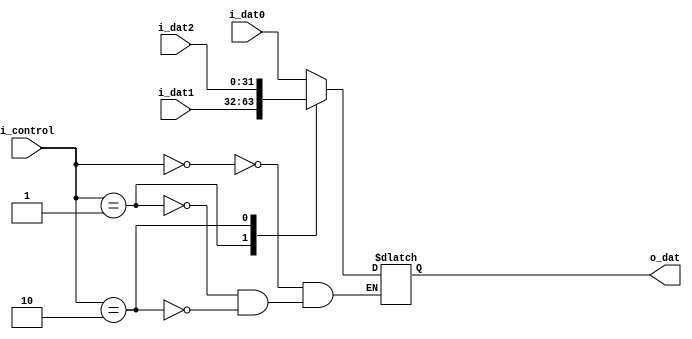
module mux3in1 #(parameter WIDTH = 32)
               (output reg [WIDTH-1:0] o_dat,
                input [1:0]       i_control,
                input [WIDTH-1:0] i_dat0, i_dat1, i_dat2);

always @(*)
begin
	case (i_control)
		2'b00:   o_dat <= i_dat0;
		2'b01:   o_dat <= i_dat1;
		2'b10:   o_dat <= i_dat2;
	endcase
end

endmodule